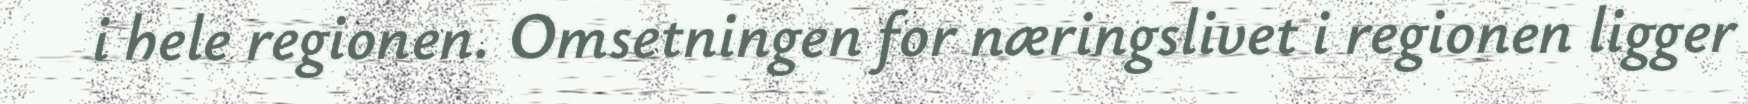
i hele regionen. Omsetningen for næringslivet i regionen ligger